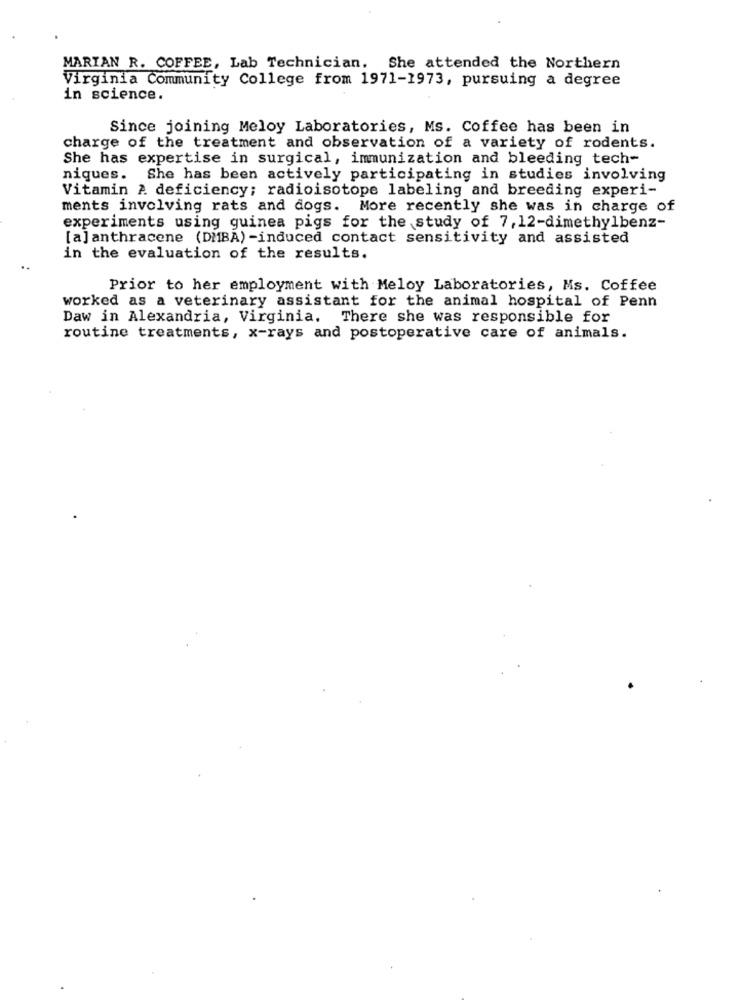
MARIAN R. COFFEE, Lab Technician. She attended the Northern
Virginia Community College from 1971-1973, pursuing a degree
in science.
Since joining Meloy Laboratories, Ms. Coffee has been in
charge of the treatment and observation of a variety of rodents.
She has expertise in surgical, immunization and bleeding tech-
niques. She has been actively participating in studies involving
Vitamin A. deficiency; radioisotope labeling and breeding experi-
ments involving rats and dogs. More recently she was in charge of
experiments using guinea pigs for the study of 7, 12-dimethylbenz-
[a]anthracene (DMBA) -induced contact sensitivity and assisted
in the evaluation of the results.
Prior to her employment with Meloy Laboratories, Ms. Coffee
worked as a veterinary assistant for the animal hospital of Penn
Daw in Alexandria, Virginia. There she was responsible for
routine treatments, x-rays and postoperative care of animals.